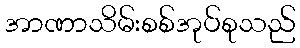
အာဏာသိမ်းစစ်အုပ်စုသည်